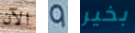
الآن 9 بخير